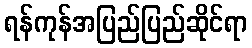
ရန်ကုန်အပြည်ပြည်ဆိုင်ရာ